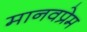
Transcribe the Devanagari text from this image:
मानवप्रेम